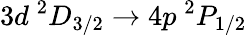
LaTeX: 3d\ ^{2}D_{3/2}\rightarrow 4p\ ^{2}P_{1/2}